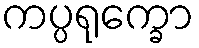
ကပ္ပရုက္ခော